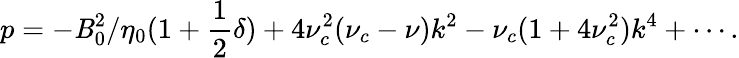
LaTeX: p=-\mathit{B}_{0}^{2}/\eta_{0}(1+\frac{{1}}{{2}}\delta)+4\nu_{c}^{2}(\nu_{c}-\nu)k^{2}-\nu_{c}(1+4\nu_{c}^{2})k^{4}+\cdots.